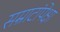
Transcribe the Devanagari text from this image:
सम्राटांपेक्षा